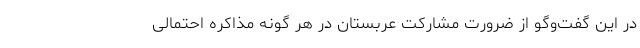
در این گفت‌وگو از ضرورت مشارکت عربستان در هر گونه مذاکره احتمالی